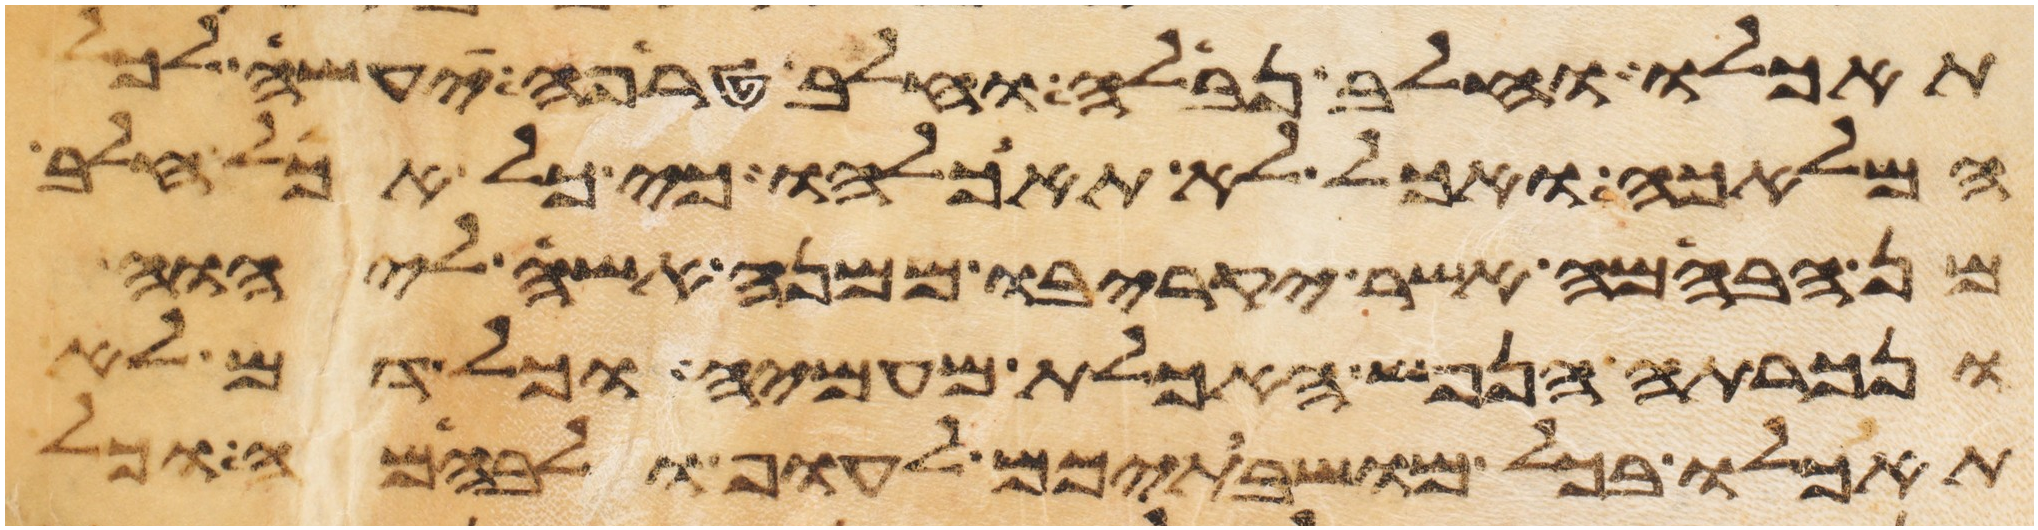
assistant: תאכלו וחלב נבלה וחלב טרפה יעשה לכל
המלאכה ואכל לא תאכלהו כי כל אכל חלב
מן הבהמה אשר יקריבו ממנה אשה ליהוה
ונכרתה הנפש האכלת מעמיה וכל דם לא
תאכלו בכל מושבתיכם לעוף ולבהמה וכל